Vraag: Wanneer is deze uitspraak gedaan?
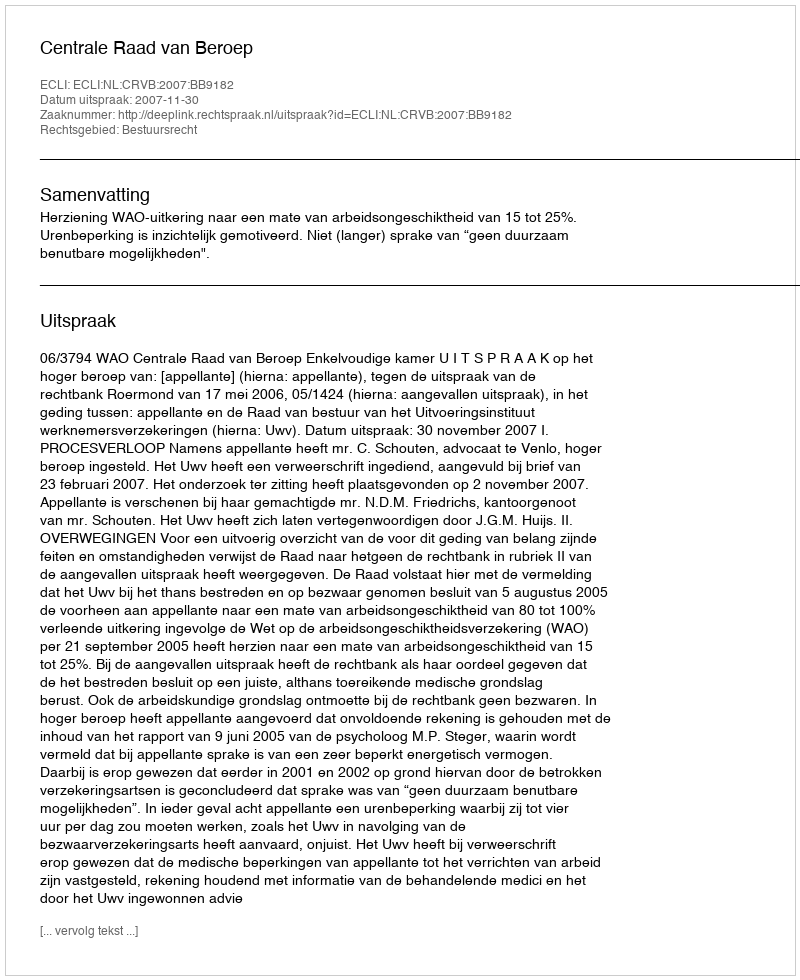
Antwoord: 2007-11-30